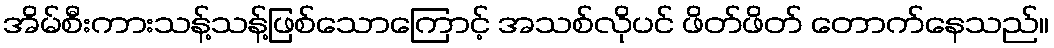
အိမ်စီးကားသန့်သန့်ဖြစ်သောကြောင့် အသစ်လိုပင် ဖိတ်ဖိတ် တောက်နေသည်။